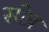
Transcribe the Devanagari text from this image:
सोत्र